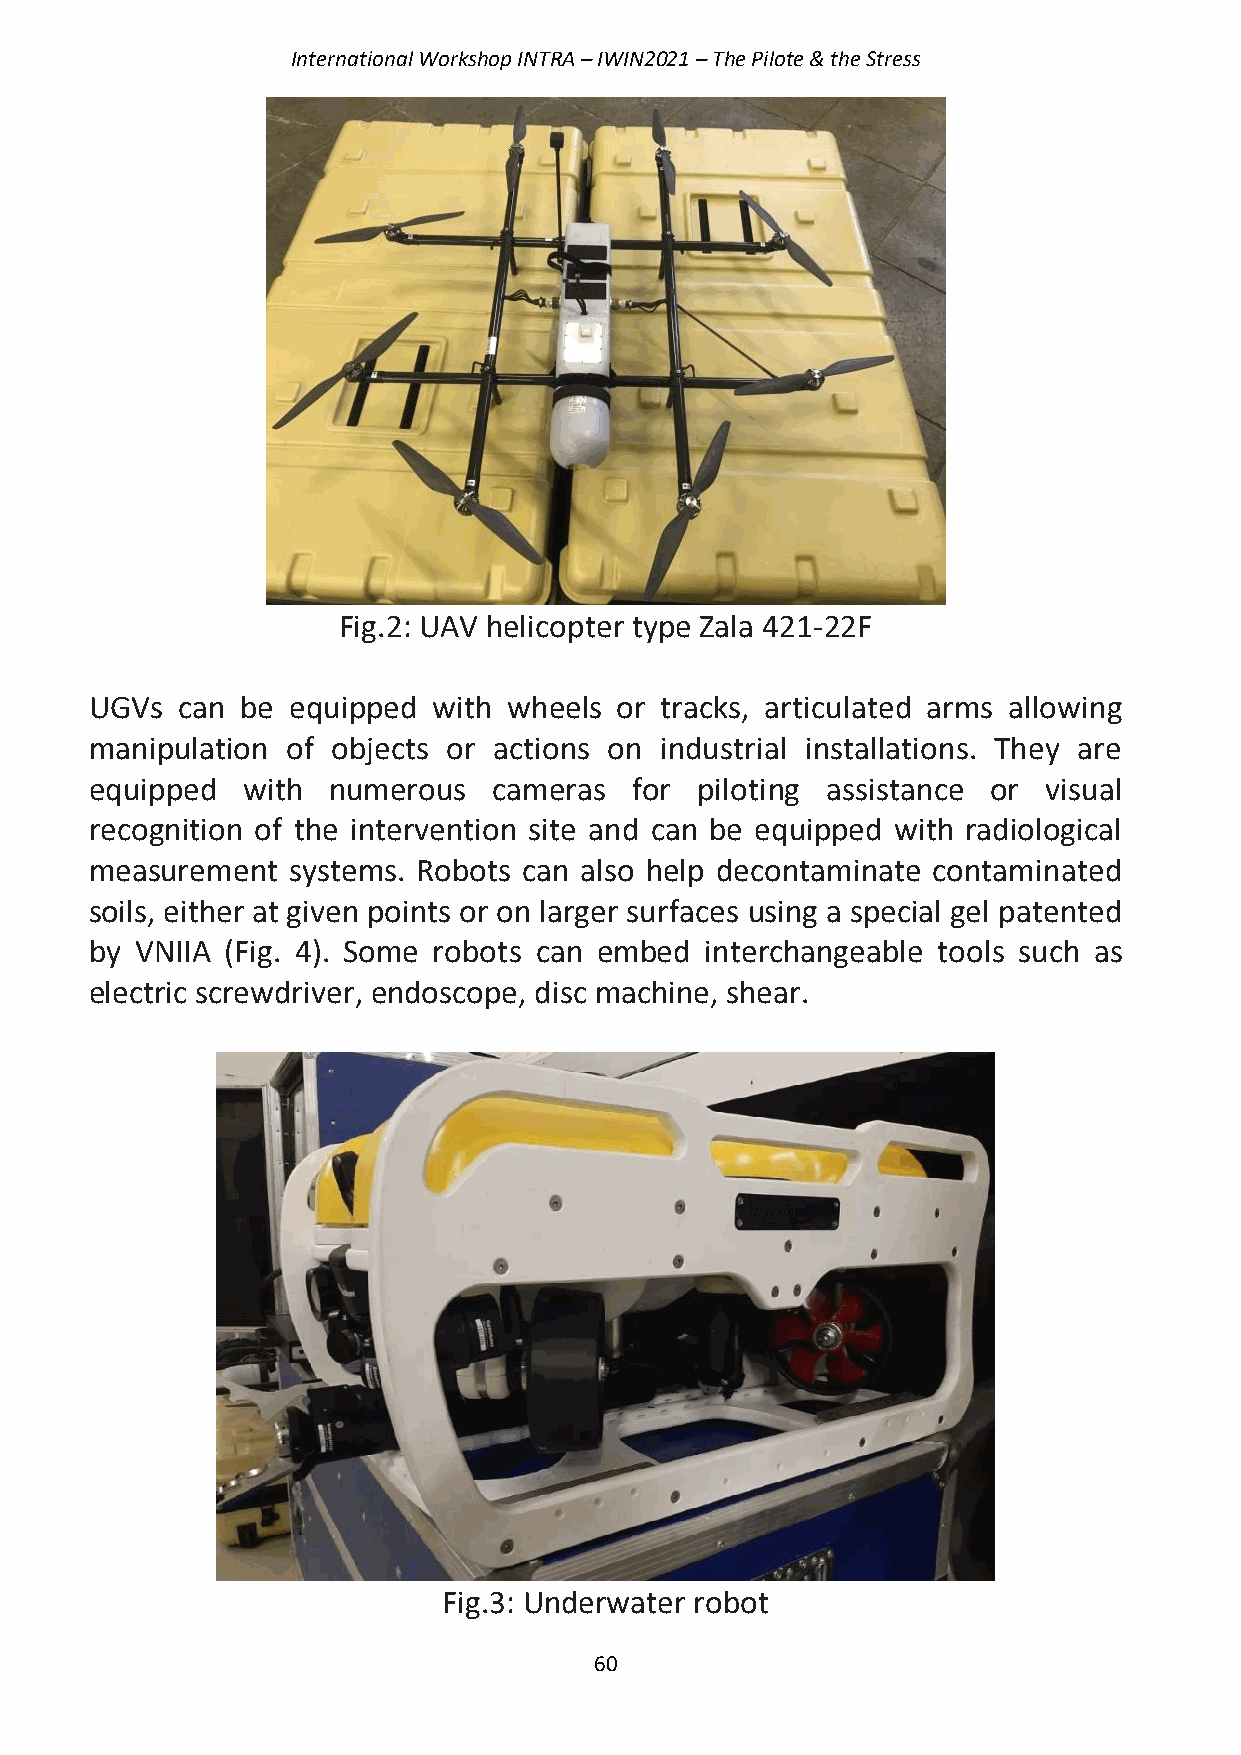
International Workshop INTRA – IWIN2021 – The Pilote & the Stress
 Fig.2: UAV helicopter type Zala 421-22F
 UGVs  can be equipped  with wheels or tracks, articulated arms allowing
 manipulation of objects or actions on industrial installations. They are
 equipped  with  numerous   cameras  for piloting assistance or visual
 recognition of the intervention site and can be equipped with radiological
 measurement  systems. Robots can also help decontaminate contaminated
 soils, either at given points or on larger surfaces using a special gel patented
 by VNIIA (Fig. 4). Some robots can embed interchangeable tools such as
 electric screwdriver, endoscope, disc machine, shear.
 Fig.3: Underwater robot
 60